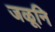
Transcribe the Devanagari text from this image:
जळूनि